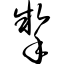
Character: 掣